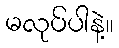
မလုပ်ပါနဲ့။